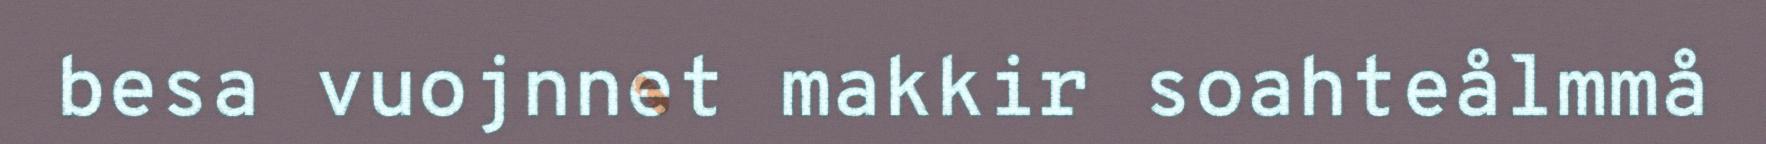
besa vuojnnet makkir soahteålmmå